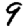
Digit: 9